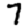
Digit: 7